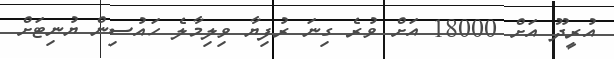
އުރީދޫ އަށް 18000 އަށް ވުރެ ގިނަ ރުފިޔާ ވިލިމާލެ ހައުސިން ޔުނިޓަށް